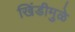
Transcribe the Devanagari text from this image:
खिंडीमुळे